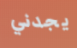
يجدني